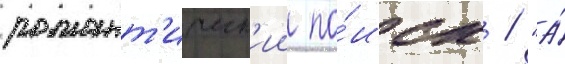
романт'ическ'ии по́иск / "а́